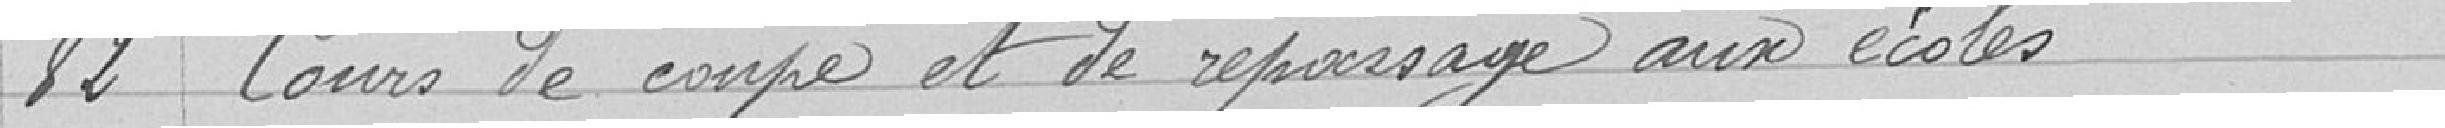
82 Cours de coupe et de repassage aux écoles